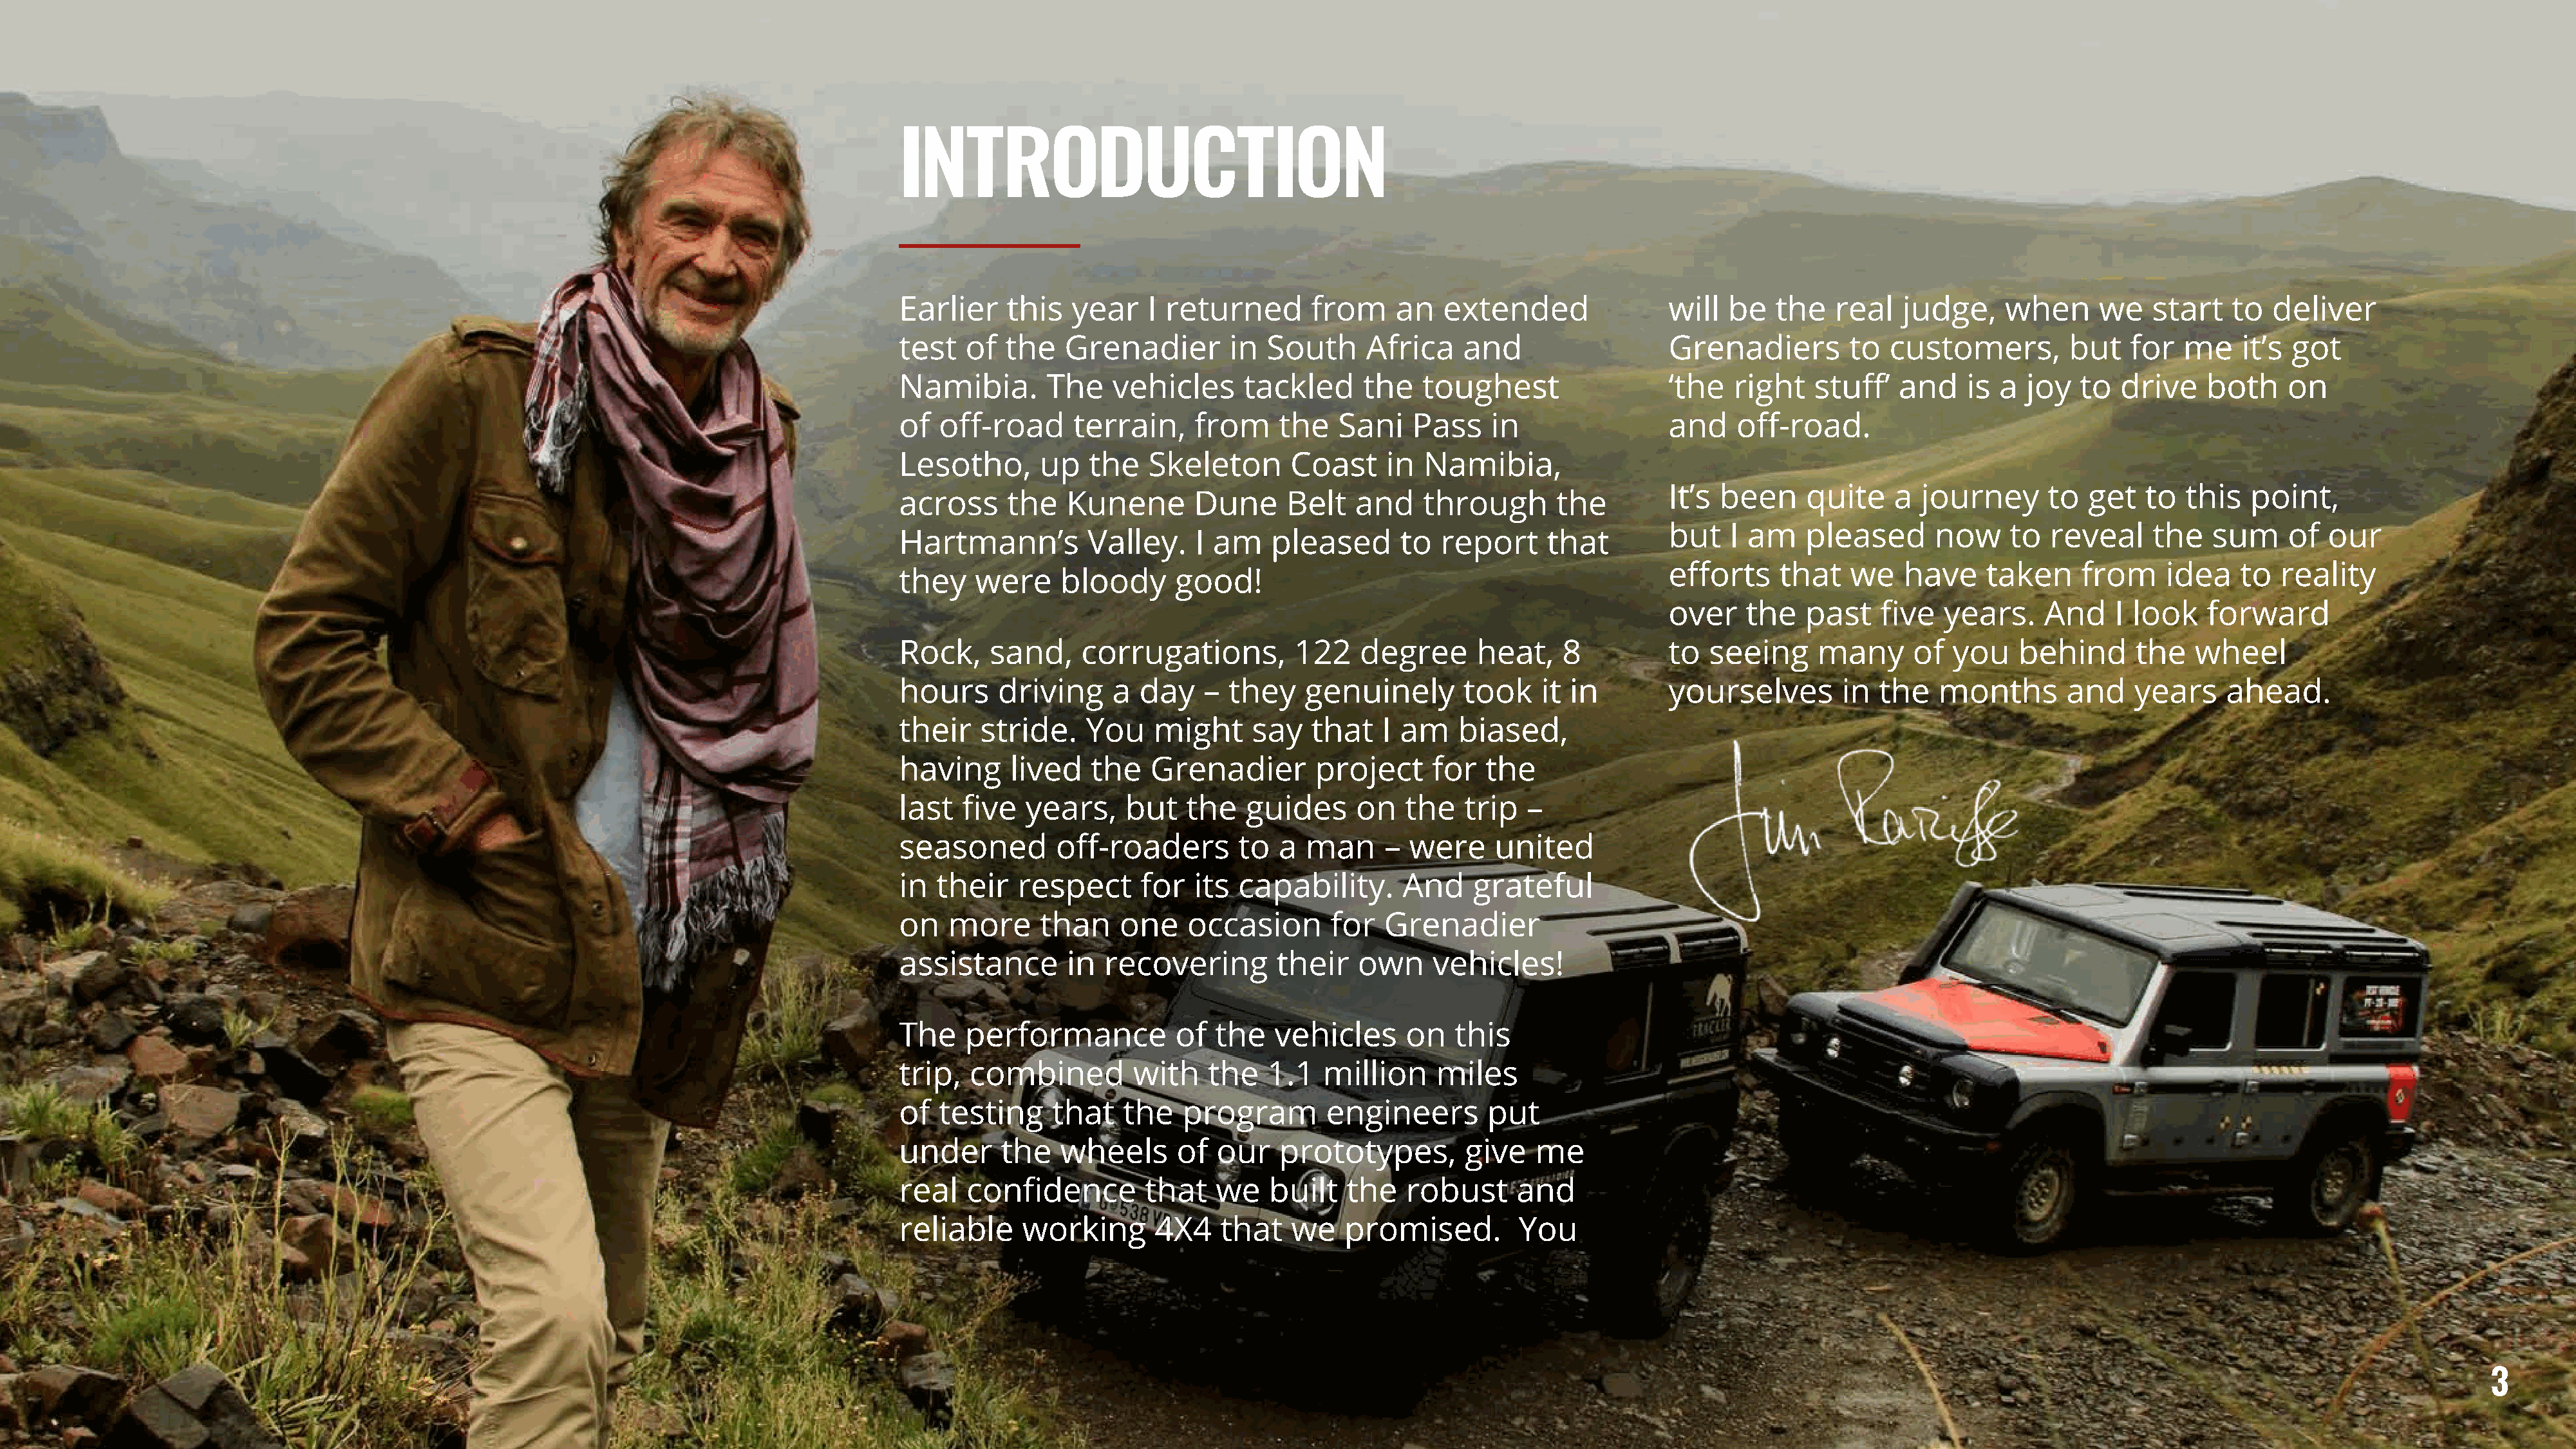
INTRODUCTION
 Earlier     this  year    I returned       from    an   extended                will  be   the   real   judge,    when      we   start   to   deliver
 test   of  the   Grenadier        in  South     Africa    and                   Grenadiers        to  customers,         but   for  me    it’s  got
 Namibia.        The   vehicles      tackled     the   toughest                  ‘the  right   stuff’   and    is  a joy   to  drive    both    on
 of   off-road     terrain,     from    the    Sani   Pass    in                 and   off-road.
 Lesotho,       up   the   Skeleton       Coast    in  Namibia,
 It’s been     quite    a journey       to  get   to  this  point,
 across      the   Kunene       Dune     Belt   and    through       the
 but   I am    pleased      now     to  reveal    the   sum     of  our
 Hartmann’s          Valley.    I am    pleased      to  report     that
 efforts    that   we    have    taken     from     idea   to  reality
 they    were     bloody      good!
 over   the    past   five   years.    And    I look    forward
 Rock,     sand,    corrugations,         122    degree      heat,    8          to  seeing     many      of  you   behind       the   wheel
 hours      driving    a  day    – they    genuinely       took    it in         yourselves       in  the   months       and    years     ahead.
 their    stride.    You    might     say   that   I am    biased,
 having      lived   the   Grenadier        project     for   the
 last   five  years,     but   the   guides     on   the    trip  –
 seasoned         off-roaders       to  a  man     –  were     united
 in  their    respect     for   its capability.      And    grateful
 on   more      than    one    occasion       for  Grenadier
 assistance        in  recovering       their    own    vehicles!
 The    performance           of  the   vehicles     on    this
 trip,   combined        with    the   1.1   million     miles
 of   testing    that   the    program       engineers        put
 under      the   wheels      of  our   prototypes,         give   me
 real   confidence         that   we   built   the    robust     and
 reliable     working       4X4   that    we   promised.         You
 3